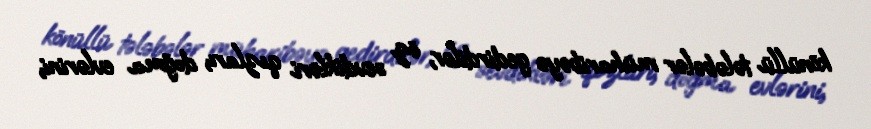
könüllü tələbələr müharibəyə gedirdilər, öz sevdikləri qızları, doğma evlərini,